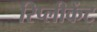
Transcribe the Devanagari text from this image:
रिप्लीकेंट